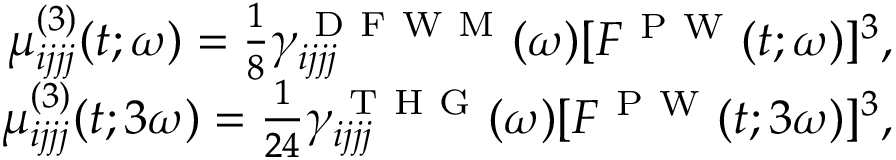
\begin{array} { r } { \mu _ { i j j j } ^ { ( 3 ) } ( t ; \omega ) = \frac { 1 } { 8 } \gamma _ { i j j j } ^ { \mathrm { ~ D ~ F ~ W ~ M ~ } } ( \omega ) [ F ^ { \mathrm { ~ P ~ W ~ } } ( t ; \omega ) ] ^ { 3 } , } \\ { \mu _ { i j j j } ^ { ( 3 ) } ( t ; 3 \omega ) = \frac { 1 } { 2 4 } \gamma _ { i j j j } ^ { \mathrm { ~ T ~ H ~ G ~ } } ( \omega ) [ F ^ { \mathrm { ~ P ~ W ~ } } ( t ; 3 \omega ) ] ^ { 3 } , } \end{array}